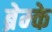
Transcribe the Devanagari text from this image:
ब्रेम्के